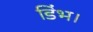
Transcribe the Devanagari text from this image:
डिंभ।